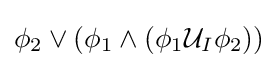
\phi _{2}\lor (\phi _{1}\land (\phi _{1}{\mathcal {U}}_{I}\phi _{2}))